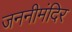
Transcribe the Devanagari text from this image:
जननीमंदिर